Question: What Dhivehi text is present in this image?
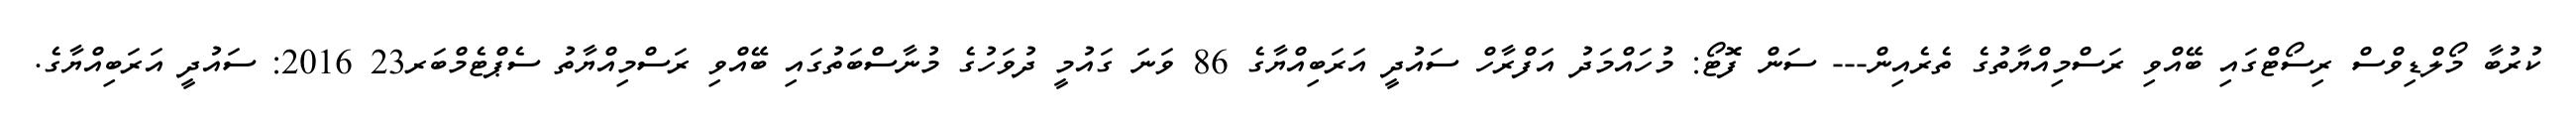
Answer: ކުރުބާ މޯލްޑިވްސް ރިސޯޓްގައި ބޭއްވި ރަސްމިއްޔާތުގެ ތެރެއިން--- ސަން ފޮޓޯ: މުހައްމަދު އަފްރާހް ސައުދީ އަރަބިއްޔާގެ 86 ވަނަ ގައުމީ ދުވަހުގެ މުނާސްބަތުގައި ބޭއްވި ރަސްމިއްޔާތު ސެޕްޓެމްބަރ23 2016: ސައުދީ އަރަބިއްޔާގެ.